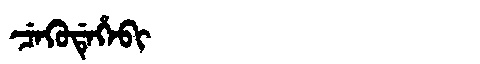
Manchu: ᠴᡝᡴᡠᡩᡝᡥᡝᠪᡳ
Romanization: CEKUDEHEBI